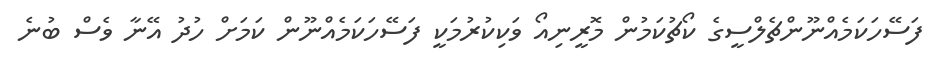
ފަސޭހަކަމެއްނޫންޗެލްސީގެ ކޯޗުކަމުން މޮރީނިއޯ ވަކިކުރުމަކީ ފަސޭހަކަމެއްނޫން ކަމަށް ހުދު އޭނާ ވެސް ބުނެ